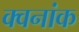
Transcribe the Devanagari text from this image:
क्वनांक